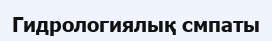
Гидрологиялық смпаты